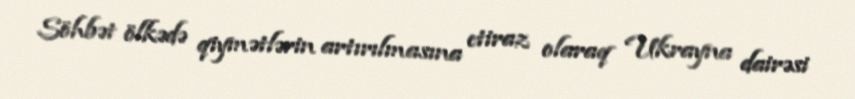
Söhbət ölkədə qiymətlərin artırılmasına etiraz olaraq Ukrayna dairəsi